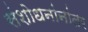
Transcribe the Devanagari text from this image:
संशोधनांनांतर